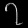
Digit: ၇